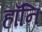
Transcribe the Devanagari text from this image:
हाँनि